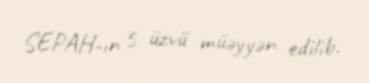
SEPAH-ın 5 üzvü müəyyən edilib.